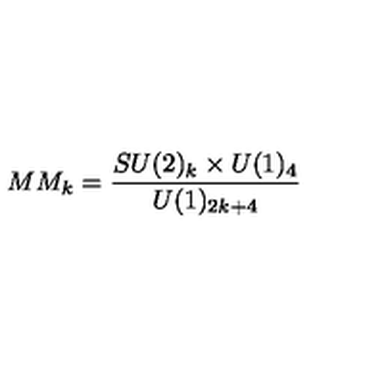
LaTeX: M M _ { k } = \frac { S U ( 2 ) _ { k } \times U ( 1 ) _ { 4 } } { U ( 1 ) _ { 2 k + 4 } }